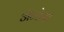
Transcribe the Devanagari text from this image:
ॲन्टेना